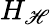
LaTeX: H_{\mathscr{H}}